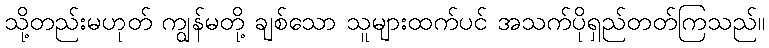
သို့တည်းမဟုတ် ကျွန်မတို့ ချစ်သော သူများထက်ပင် အသက်ပိုရှည်တတ်ကြသည်။